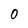
Character: 0